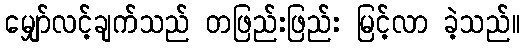
မျှော်လင့်ချက်သည် တဖြည်းဖြည်း မြင့်လာ ခဲ့သည်။